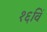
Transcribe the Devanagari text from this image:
१६विँ